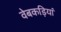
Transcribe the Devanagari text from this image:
वेबकड़ियां